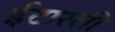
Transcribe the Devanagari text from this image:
ईटारसी